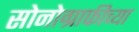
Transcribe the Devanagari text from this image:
सोनोग्राफीच्या